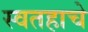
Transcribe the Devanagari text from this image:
स्वतहाचे